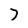
Character: 7